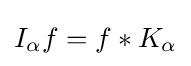
I_{\alpha }f=f*K_{\alpha }